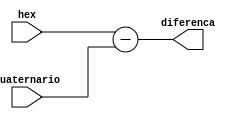
module exercicio_05(input [7:0] hex, input [7:0] quaternario, output reg [7:0] diferenca);
  always @* begin
    diferenca = hex - quaternario;
  end
endmodule